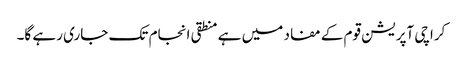
کراچی آپریشن قوم کے مفاد میں ہے منطقی انجام تک جاری رہے گا۔